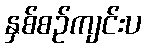
နှစ်စဉ်ကျင်းပ